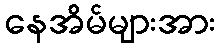
နေအိမ်များအား